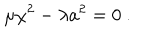
\mu \chi ^ { 2 } - \lambda a ^ { 2 } = 0 ~ .